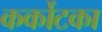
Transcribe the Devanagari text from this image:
कर्कोटका